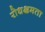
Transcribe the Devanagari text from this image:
रोधक्षमता